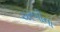
ચરબીના